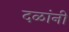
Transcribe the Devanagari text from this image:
दळांनी